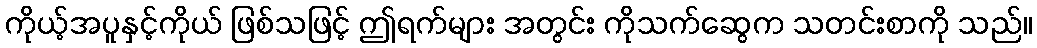
ကိုယ့်အပူနှင့်ကိုယ် ဖြစ်သဖြင့် ဤရက်များ အတွင်း ကိုသက်ဆွေက သတင်းစာကို သည်။